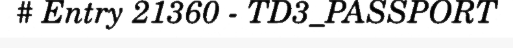
# Entry 21360 - TD3_PASSPORT